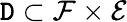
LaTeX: \mathtt{D}\subset\mathcal{{F}}\times\mathcal{{E}}